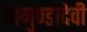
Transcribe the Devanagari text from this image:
चामुण्डादेवी